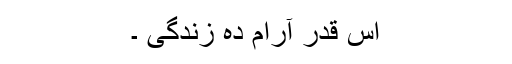
اس قدر آرام دہ زندگی ۔